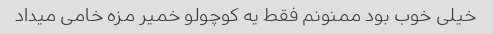
خیلی خوب بود ممنونم فقط یه کوچولو خمیر مزه خامی میداد